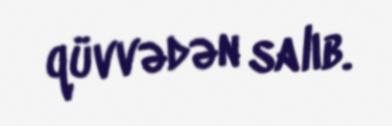
qüvvədən salıb.